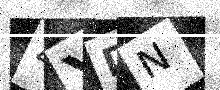
Text: 4YDN